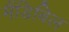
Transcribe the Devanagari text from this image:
मैंडिबिल